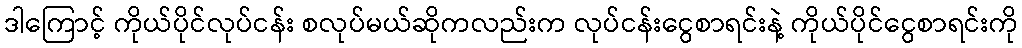
ဒါကြောင့် ကိုယ်ပိုင်လုပ်ငန်း စလုပ်မယ်ဆိုကလည်းက လုပ်ငန်းငွေစာရင်းနဲ့ ကိုယ်ပိုင်ငွေစာရင်းကို